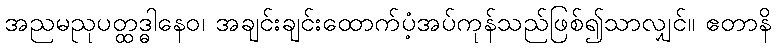
အညမညုပတ္ထဒ္ဓါနေဝ၊ အချင်းချင်းထောက်ပံ့အပ်ကုန်သည်ဖြစ်၍သာလျှင်။ ဧတာနိ